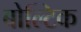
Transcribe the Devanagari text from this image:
बोल्टिक